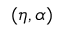
( \eta , \alpha )